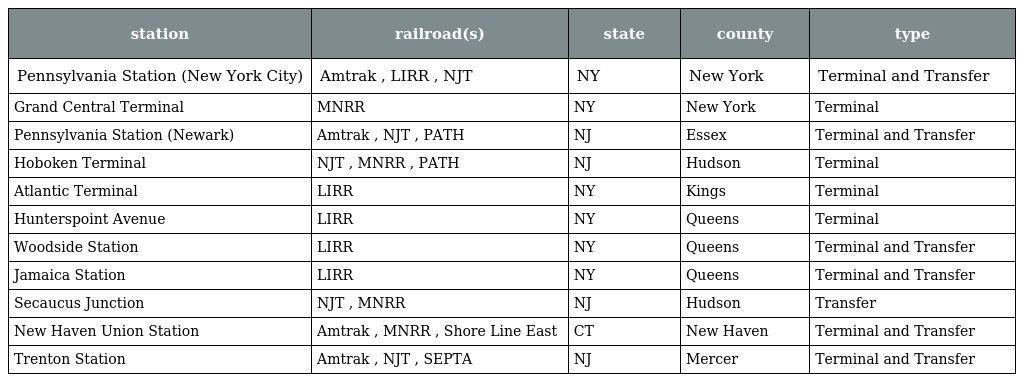
| station | railroad(s) | state | county | type |
 | --- | --- | --- | --- | --- |
 | Pennsylvania Station (New York City) | Amtrak , LIRR , NJT | NY | New York | Terminal and Transfer |
 | Grand Central Terminal | MNRR | NY | New York | Terminal |
 | Pennsylvania Station (Newark) | Amtrak , NJT , PATH | NJ | Essex | Terminal and Transfer |
 | Hoboken Terminal | NJT , MNRR , PATH | NJ | Hudson | Terminal |
 | Atlantic Terminal | LIRR | NY | Kings | Terminal |
 | Hunterspoint Avenue | LIRR | NY | Queens | Terminal |
 | Woodside Station | LIRR | NY | Queens | Terminal and Transfer |
 | Jamaica Station | LIRR | NY | Queens | Terminal and Transfer |
 | Secaucus Junction | NJT , MNRR | NJ | Hudson | Transfer |
 | New Haven Union Station | Amtrak , MNRR , Shore Line East | CT | New Haven | Terminal and Transfer |
 | Trenton Station | Amtrak , NJT , SEPTA | NJ | Mercer | Terminal and Transfer |